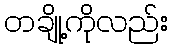
တချို့ကိုလည်း